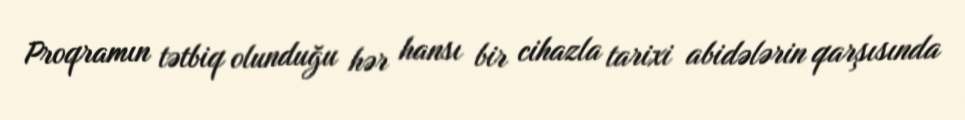
Proqramın tətbiq olunduğu hər hansı bir cihazla tarixi abidələrin qarşısında